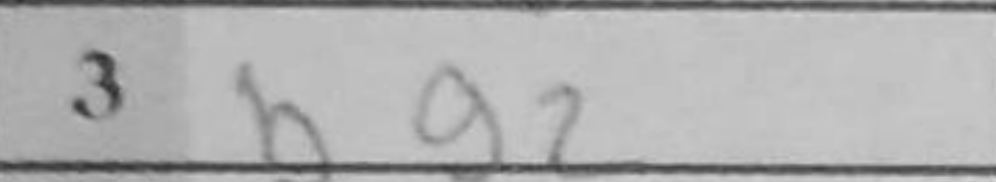
Transcription: Bg2